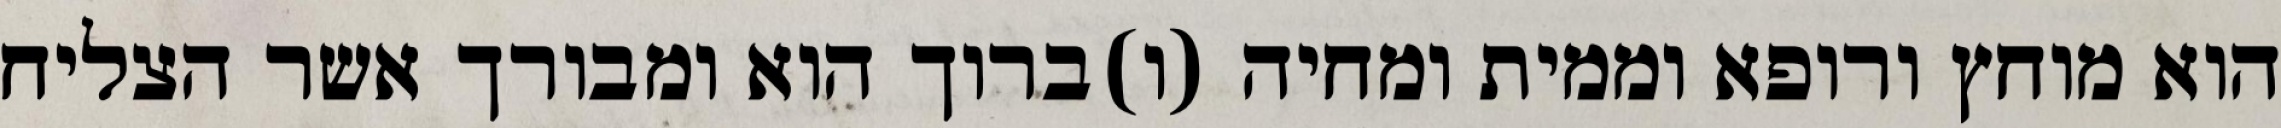
הוא מוחץ ורופא וממית ומחיה (ו)ברוך הוא ומבורך אשר הצליח